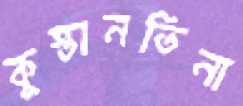
কুস্তানতিনা